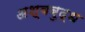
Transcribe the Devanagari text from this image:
अश्वबुद्ध